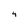
Character: 4